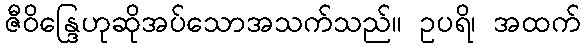
ဇီဝိန္ဒြေဟုဆိုအပ်သောအသက်သည်။ ဥပရိ၊ အထက်